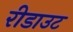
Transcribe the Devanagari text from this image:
रीडाउट